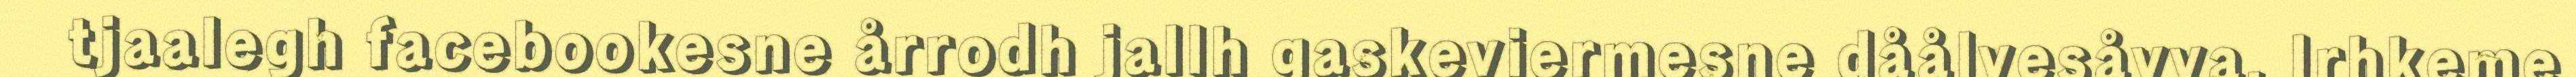
tjaalegh facebookesne årrodh jallh gaskeviermesne dåålvesåvva. Irhkeme